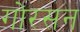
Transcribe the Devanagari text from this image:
गोरसन